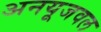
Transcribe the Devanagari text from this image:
अनयूजवल